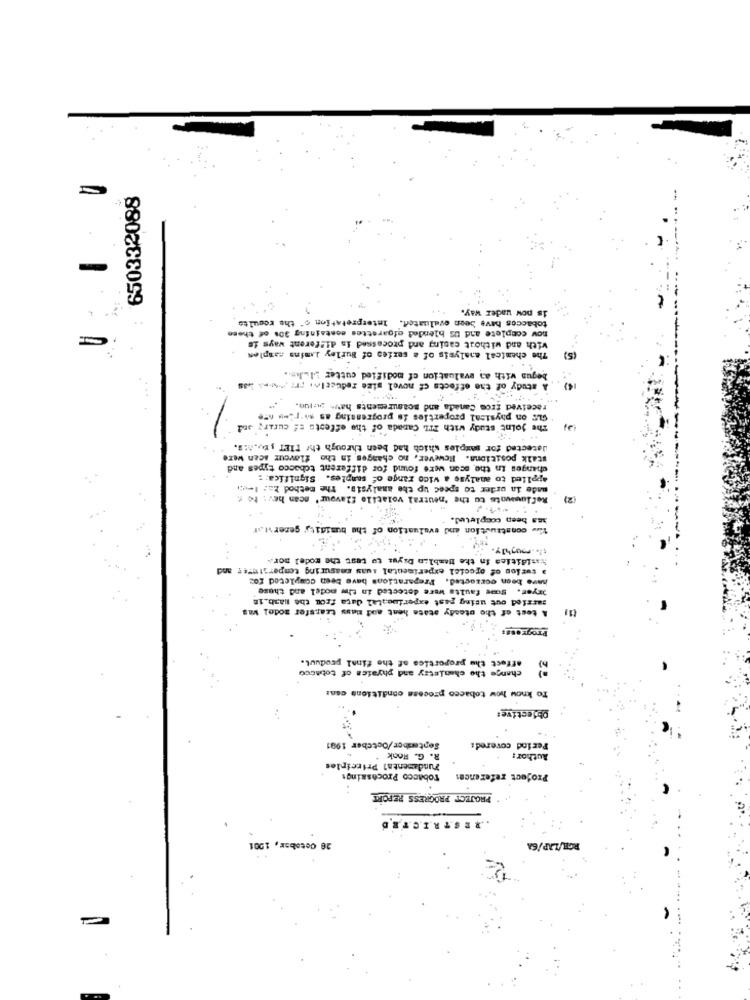
650332088
-....
-
is now uader way.
Interpretation o" the results
tobaccos have been evaluated.
now complete and US blended cigarettes containing 30% of these
with and without casing and processed is different ways ie
The chemical analysis of a series of Burley Lumins samples
(5)
begun with an evaluation of modified cutter Si .. hm ..
A study of the effects of novel size reducelos
received from Canada and measurements have purjun.
GLS on physical properties is progressing as **- ries Are
The joint study with ITL Canada of the effects of curary
detected for maxples which had been through the PIET ; EV.M.E.
stalk positiona. However, no changes in the flavour scen were
changes in the scan were found for different tobacco types and
Applied to analyse a wide range of samples. Significa: :
made in order to speed up the analysis. The method 2a: 1-c:
Reflowwants to the 'neutral volatile flavour' scan hev: to .
(2)
ass been completed.
es gerervar
luation of
The construction and e
th. . mughly.
humidities in the Bemblin Dryus to test the rodel mor.
a torios of ofcciel experimental iwas measuring temperature! and
have been cozzacted. Preparations have been completed fox
oryer. Some faults Were detected in tiw model and these
carried out using past experimental data from the Hash.in
A test of the steady state heat aod mass transfer model kas
Progr ongs
affect the proportics of the final produut.
change the chenistry and physics of tobacco
To know how tobacco process conditions can:
Objective:
September/October 1981
Period covered:
R. G. Hook
Author:
Fundamental Principles
Tobacco Processingt
Project references
PROJECT PROGRESS REPORT
20 Cetabar, 1001
RGE/LAP/6A